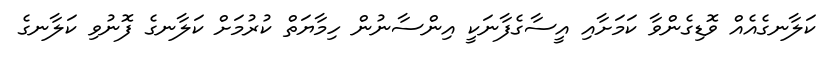
ކަލާނގެއެއް ވޮޑިގެންވާ ކަމަށާއި އީސާގެފާނަކީ އިންސާނުން ހިމާޔަތް ކުރުމަށް ކަލާނގެ ފޮނުވި ކަލާނގެ